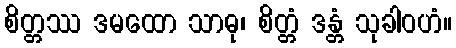
စိတ္တဿ ဒမထော သာဓု၊ စိတ္တံ ဒန္တံ သုခါဝဟံ။